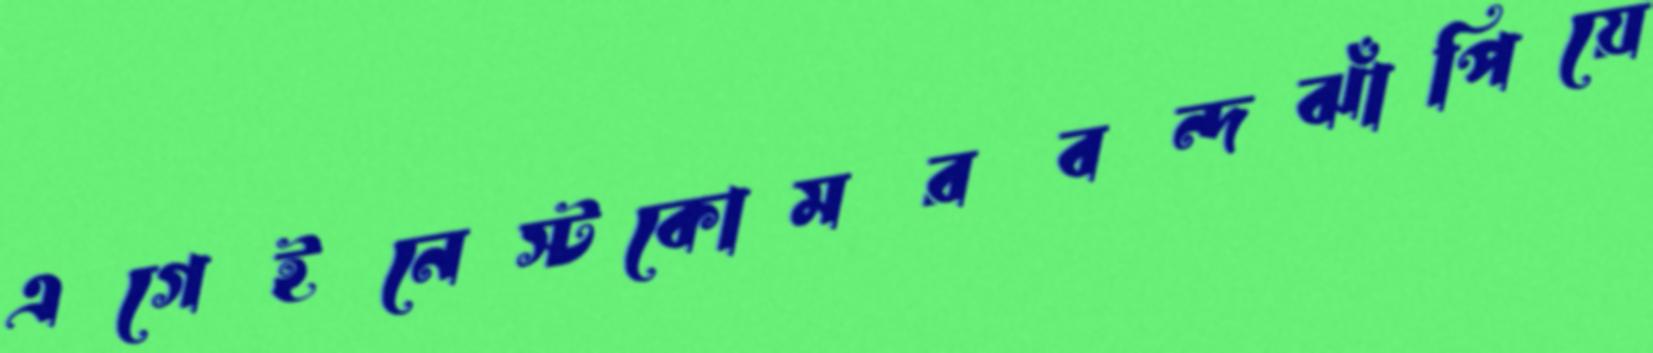
এগেইনেস্টকোমরবন্দঝাঁপিয়ে